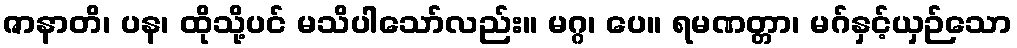
ဇာနာတိ၊ ပန၊ ထိုသို့ပင် မသိပါသော်လည်း။ မဂ္ဂ၊ ပေ။ ရမဏတ္တာ၊ မဂ်နှင့်ယှဉ်သော